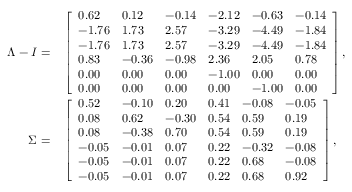
\begin{array} { r l } { \Lambda - I = } & { { } \left[ \begin{array} { l l l l l l } { 0 . 6 2 } & { 0 . 1 2 } & { - 0 . 1 4 } & { - 2 . 1 2 } & { - 0 . 6 3 } & { - 0 . 1 4 } \\ { - 1 . 7 6 } & { 1 . 7 3 } & { 2 . 5 7 } & { - 3 . 2 9 } & { - 4 . 4 9 } & { - 1 . 8 4 } \\ { - 1 . 7 6 } & { 1 . 7 3 } & { 2 . 5 7 } & { - 3 . 2 9 } & { - 4 . 4 9 } & { - 1 . 8 4 } \\ { 0 . 8 3 } & { - 0 . 3 6 } & { - 0 . 9 8 } & { 2 . 3 6 } & { 2 . 0 5 } & { 0 . 7 8 } \\ { 0 . 0 0 } & { 0 . 0 0 } & { 0 . 0 0 } & { - 1 . 0 0 } & { 0 . 0 0 } & { 0 . 0 0 } \\ { 0 . 0 0 } & { 0 . 0 0 } & { 0 . 0 0 } & { 0 . 0 0 } & { - 1 . 0 0 } & { 0 . 0 0 } \end{array} \right] , } \\ { \Sigma = } & { { } \left[ \begin{array} { l l l l l l } { 0 . 5 2 } & { - 0 . 1 0 } & { 0 . 2 0 } & { 0 . 4 1 } & { - 0 . 0 8 } & { - 0 . 0 5 } \\ { 0 . 0 8 } & { 0 . 6 2 } & { - 0 . 3 0 } & { 0 . 5 4 } & { 0 . 5 9 } & { 0 . 1 9 } \\ { 0 . 0 8 } & { - 0 . 3 8 } & { 0 . 7 0 } & { 0 . 5 4 } & { 0 . 5 9 } & { 0 . 1 9 } \\ { - 0 . 0 5 } & { - 0 . 0 1 } & { 0 . 0 7 } & { 0 . 2 2 } & { - 0 . 3 2 } & { - 0 . 0 8 } \\ { - 0 . 0 5 } & { - 0 . 0 1 } & { 0 . 0 7 } & { 0 . 2 2 } & { 0 . 6 8 } & { - 0 . 0 8 } \\ { - 0 . 0 5 } & { - 0 . 0 1 } & { 0 . 0 7 } & { 0 . 2 2 } & { 0 . 6 8 } & { 0 . 9 2 } \end{array} \right] , } \end{array}